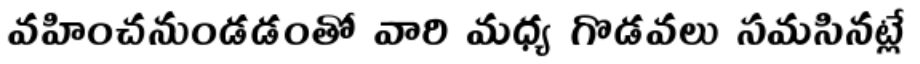
వహించనుండడంతో వారి మధ్య గొడవలు సమసినట్లే